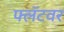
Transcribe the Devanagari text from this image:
फ्लॅटवर